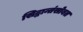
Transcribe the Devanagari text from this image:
सिद्धान्तंसोबत